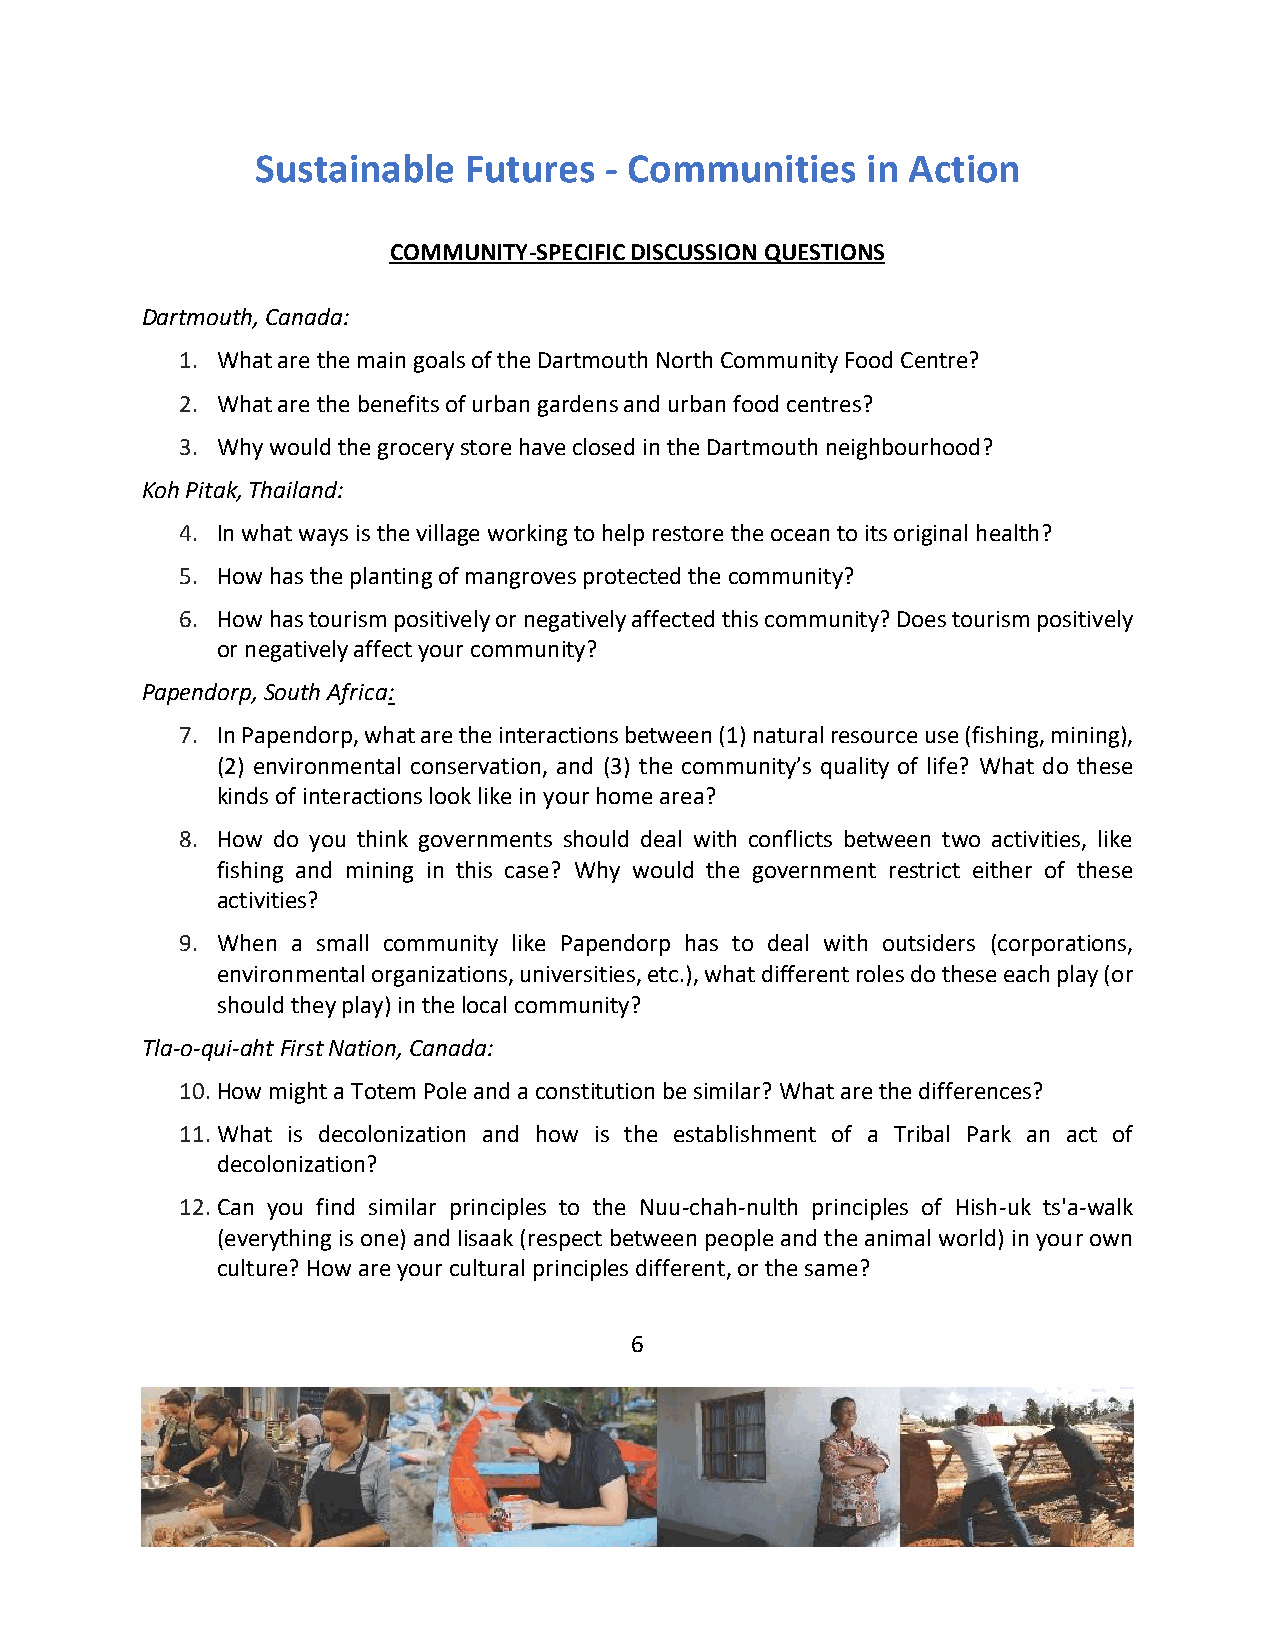
Sustainable   Futures  - Communities    in Action
 COMMUNITY-SPECIFIC DISCUSSION QUESTIONS
 Dartmouth, Canada:
 1. What are the main goals of the Dartmouth North Community Food Centre?
 2. What are the benefits of urban gardens and urban food centres?
 3. Why would the grocery store have closed in the Dartmouth neighbourhood?
 Koh Pitak, Thailand:
 4. In what ways is the village working to help restore the ocean to its original health?
 5. How has the planting of mangroves protected the community?
 6. How has tourism positively or negatively affected this community? Does tourism positively
 or negatively affect your community?
 Papendorp, South Africa:
 7. In Papendorp, what are the interactions between (1) natural resource use (fishing, mining),
 (2) environmental conservation, and (3) the community’s quality of life? What do these
 kinds of interactions look like in your home area?
 8. How do you think governments should deal with conflicts between two activities, like
 fishing and mining in this case? Why would the government restrict either of these
 activities?
 9. When a small community like Papendorp has to deal with outsiders (corporations,
 environmental organizations, universities, etc.), what different roles do these each play (or
 should they play) in the local community?
 Tla-o-qui-aht First Nation, Canada:
 10. How might a Totem Pole and a constitution be similar? What are the differences?
 11. What is decolonization and how is the establishment of a Tribal Park an act of
 decolonization?
 12. Can you find similar principles to the Nuu-chah-nulth principles of Hish-uk ts'a-walk
 (everything is one) and Iisaak (respect between people and the animal world) in your own
 culture? How are your cultural principles different, or the same?
 6